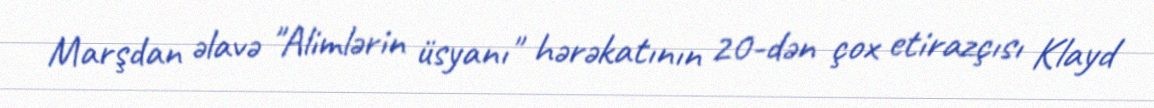
Marşdan əlavə "Alimlərin üsyanı" hərəkatının 20-dən çox etirazçısı Klayd